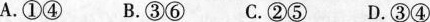
A.①④ B.③⑥ C.②⑤ D.③④